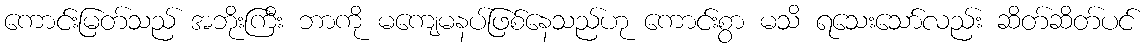
ကောင်းမြတ်သည် အဘိုးကြီး ဘာကို မကျေမနပ်ဖြစ်နေသည်ဟု ကောင်းစွာ မသိ ရသေးသော်လည်း ဆိတ်ဆိတ်ပင်